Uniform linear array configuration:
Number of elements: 48
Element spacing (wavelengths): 1
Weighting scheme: binomial
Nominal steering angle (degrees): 60
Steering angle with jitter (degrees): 61.28
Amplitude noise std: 0.05
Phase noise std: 0.05

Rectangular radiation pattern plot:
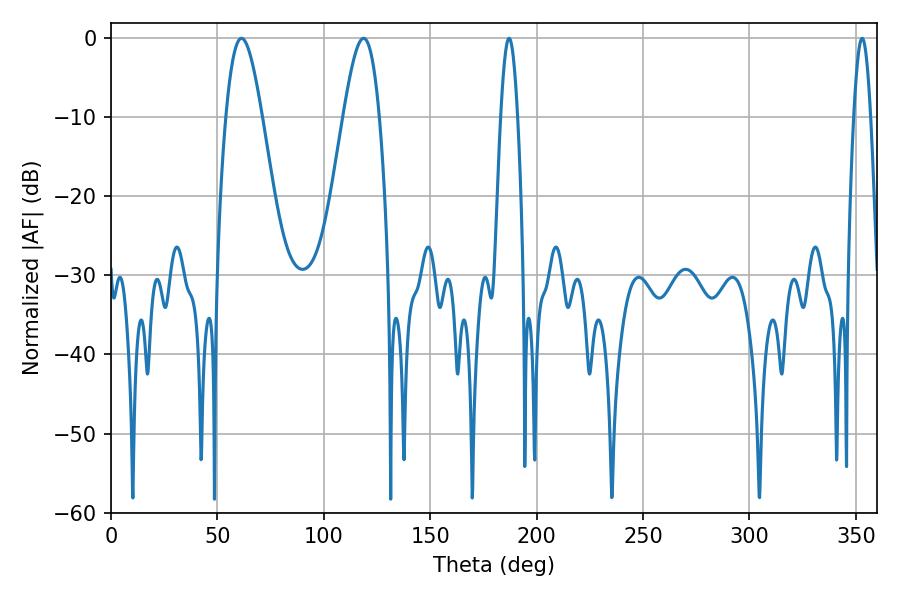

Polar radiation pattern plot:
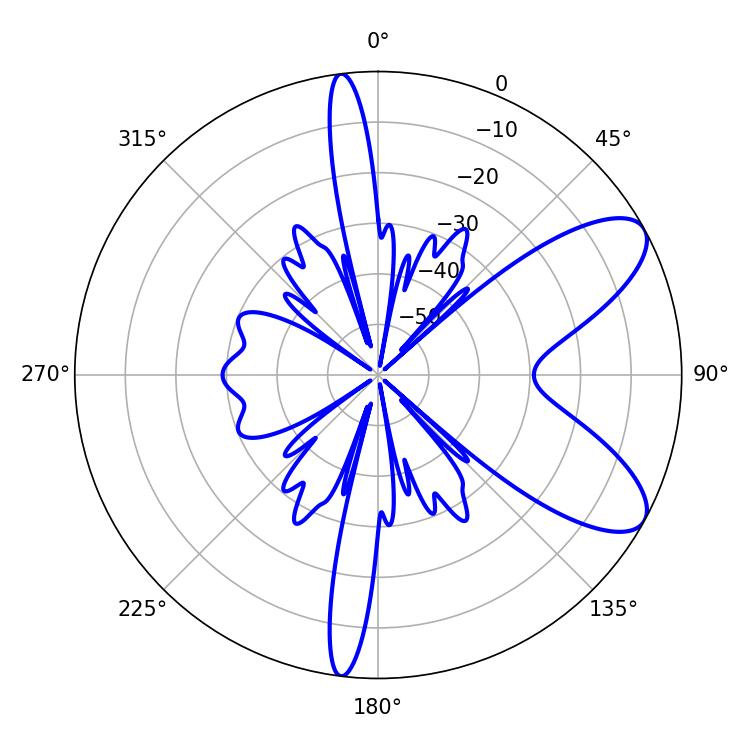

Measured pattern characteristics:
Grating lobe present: TRUE
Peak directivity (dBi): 8.433
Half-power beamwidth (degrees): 4.32
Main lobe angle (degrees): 187.02